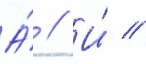
А́ // И́ //